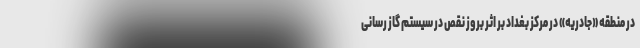
در منطقه «جادریه» در مرکز بغداد بر اثر بروز نقص در سیستم گاز رسانی